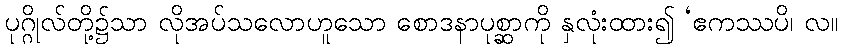
ပုဂ္ဂိုလ်တို့၌သာ လိုအပ်သလောဟူသော စောဒနာပုစ္ဆာကို နှလုံးထား၍ ‘ဧကဿပိ၊ လ။